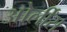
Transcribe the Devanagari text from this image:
ओर्लींस